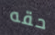
حقه